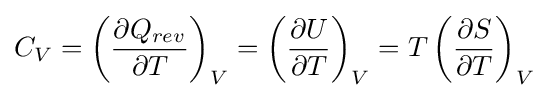
C_{V}=\left({\partial Q_{rev} \over \partial T}\right)_{V}=\left({\partial U \over \partial T}\right)_{V}=T\left({\partial S \over \partial T}\right)_{V}